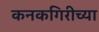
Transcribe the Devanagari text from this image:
कनकगिरीच्या